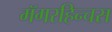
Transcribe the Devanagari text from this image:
मॅगरहिन्चस